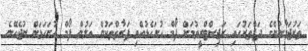
ތަރުޖަމާނުންގެ ދަފްތަރުގައި ރަޖިސްޓްރީވުމަށް ފޯމް ހުށަހެޅުއްވި ފަރާތްތަކުން އަލުން ފޯމް ހުށަހަޅަން ނުޖެހޭނެ